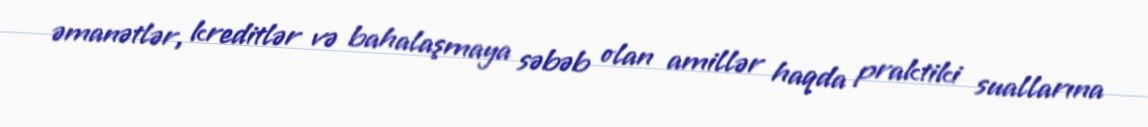
əmanətlər, kreditlər və bahalaşmaya səbəb olan amillər haqda praktiki suallarına